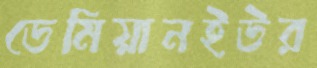
ডেমিয়ানইউর